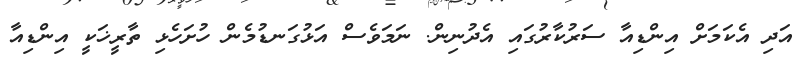
އަދި އެކަމަށް އިންޑިއާ ސަރުކާރުގައި އެދުނިން. ނަމަވެސް އަޅުގަނޑުމެން ހުށަހެޅި ތާރީޚަކީ އިންޑިއާ